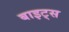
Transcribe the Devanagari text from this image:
बाइट्‌स